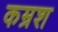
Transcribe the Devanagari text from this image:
कम्रश